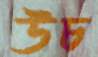
উচ